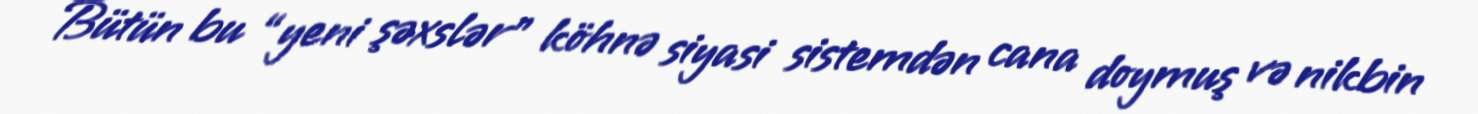
Bütün bu “yeni şəxslər” köhnə siyasi sistemdən cana doymuş və nikbin